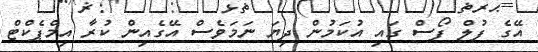
އޭގެ ފުލް ފޯސް ގައި އުކަމުން ދިޔަ ނަމަވެސް އޭގެއިން ކުރާ އިމްޕެކްޓް